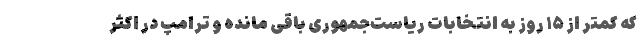
که کمتر از ۱۵ روز به انتخابات ریاست‌جمهوری باقی مانده و ترامپ در اکثر